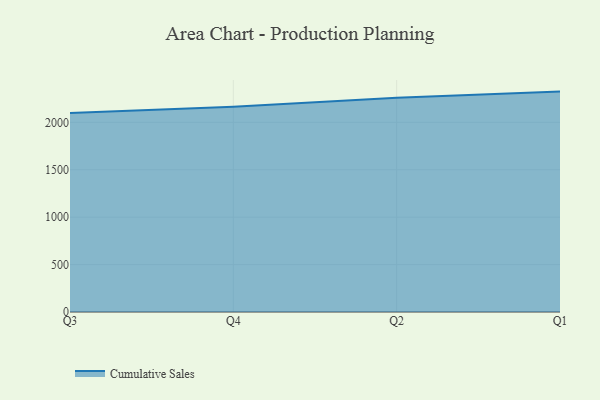
{"axis": {"x": "Quarter", "y": "Tickets Resolved"}, "legend": ["Cumulative Sales"], "data": [{"x": "Q3", "y": 2098.2, "type": "Cumulative Sales"}, {"x": "Q4", "y": 2163.6, "type": "Cumulative Sales"}, {"x": "Q2", "y": 2260.2, "type": "Cumulative Sales"}, {"x": "Q1", "y": 2324.1, "type": "Cumulative Sales"}]}